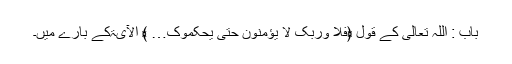
باب : اللہ تعالی کے قول ﴿فلا وربک لا یؤمنون حتی یحکموک… ﴾ الآیۃکے بارے میں۔